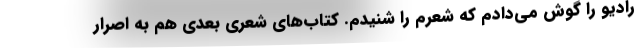
رادیو را گوش می‌دادم که شعرم را شنیدم. کتاب‌های شعری بعدی هم به اصرار